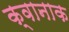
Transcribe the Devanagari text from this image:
क्वानाक